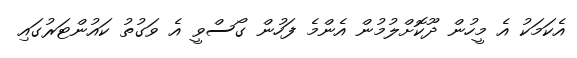
އެކަމަކު އެ މީހުން ދޫކޮށްލުމުން އެންމެ ފަހުން ގޯސްވީ އެ ވަގުތު ކައުންޓަރުގައި